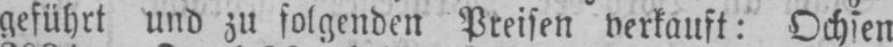
geführt und zu folgenden Preisen verkauft: Ochsen